Lunatic asylums Central Provinces reports 1874-1885 - 1874-1885
Year: 1874
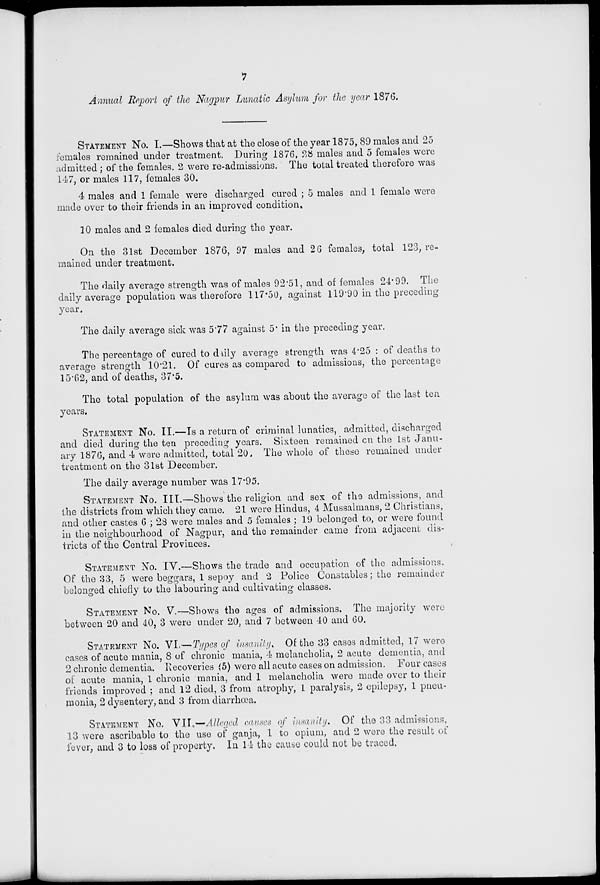
7
Annual Report of the Nagpur Lunatic Asylum for the year 1876.
STATEMENT No. I.—Shows that at the close of the year 1875, 89 males and 25
females
During 1876, 28 males and 5 females were
admitted; of the females. 2 were re-admissions. The total treated therefore was
147, or males 117, females 30.
4 males and 1 female were discharged cured ; 5 males and 1 female were
made over to their friends in an improved condition.
10 males and 2 females died during the year.
On the 31st December 1876, 97 males and 26 females, total 123, re-
mained under treatment.
The daily average strength was of males 92.51, and of females 24.99. The
daily average population was therefore 117.50, against 119.90 in the preceding
year.
The daily average sick was 5.77 against 5. in the preceding year.
The percentage of cured to daily average strength was 4.25 : of deaths to
average strength 10.2l. Of cures as compared to admissions, the percentage
15.62, and of deaths, 37.5.
The total population of the asylum was about the average of the last ten
years.
STATEMENT No. II.—Is a return of criminal lunatics, admitted, discharged
and died during the ten preceding years. Sixteen remained on the 1st Janu-
ary 1876, and 4 were admitted, total 20. The whole of these remained under
treatment on the 31st December.
The daily average number was 17.95.
STATEMENT No. III.—Shows the religion and sex of the admissions, and
the districts from which they came. 21 were Hindus, 4 Mussalmans, 2 Christians,
and other castes 6 ; 28 were males and 5 females ; 19 belonged to, or were found
in the neighbourhood of Nagpur, and the remainder came from adjacent dis-
tricts of the Central Provinces.
STATEMENT No. IV.—Shows the trade and occupation of the admissions.
Of the 33, 5 were beggars, 1 sepoy and 2 Police Constables; the remainder
belonged chiefly to the labouring and cultivating classes.
STATEMENT No. V.—Shows the ages of admissions. The majority were
between 20 and 40, 3 were under 20, and 7 between 40 and 60.
STATEMENT No. VI.— Types of insanity. Of the 33 cases admitted, 17 were
cases of acute mania, 8 of chronic mania, 4 melancholia, 2 acute dementia, and
2 chronic dementia. Recoveries (5) were all acute cases on admission. Four cases
of acute mania, 1 chronic mania, and 1 melancholia were made over to their
friends improved ; and 12 died, 3 from atrophy, 1 paralysis, 2 epilepsy, 1 pneu-
monia, 2 dysentery, and 3 from diarrhœ.
STATEMENT No. VII.—Alleged causes of insanity. Of the 33 admissions,
13 were ascribable to the use of ganja, 1 to opium, and 2 were the result of
fever, and 3 to loss of property. In 14 the cause could not be traced.